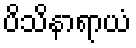
ပိသိနာရာယံ